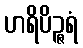
ဟရိပိဉ္ဇရံ